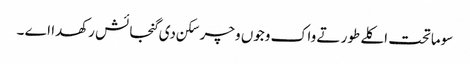
سوماتحت اکلے طور تے واک وجوں وچر سکن دی گنجائش رکھدا اے ۔